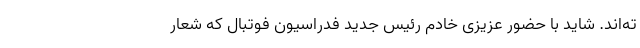
ته‌اند. شاید با حضور عزیزی خادم رئیس جدید فدراسیون فوتبال که شعار